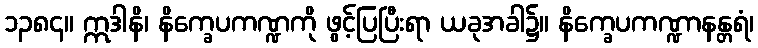
၁၃၈၄။ ဣဒါနိ၊ နိက္ခေပကဏ္ဍကို ဖွင့်ပြပြီးရာ ယခုအခါ၌။ နိက္ခေပကဏ္ဍာနန္တရံ၊